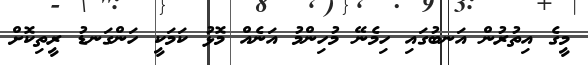
މީގެ އިތުރުން އަނބުގައި ހިމެނޭ މުހިންމު އަނެއް މޮޅު ކަމަކީ ހަންގަނޑު ރީތިކޮށް